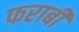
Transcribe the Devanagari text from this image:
फराबी